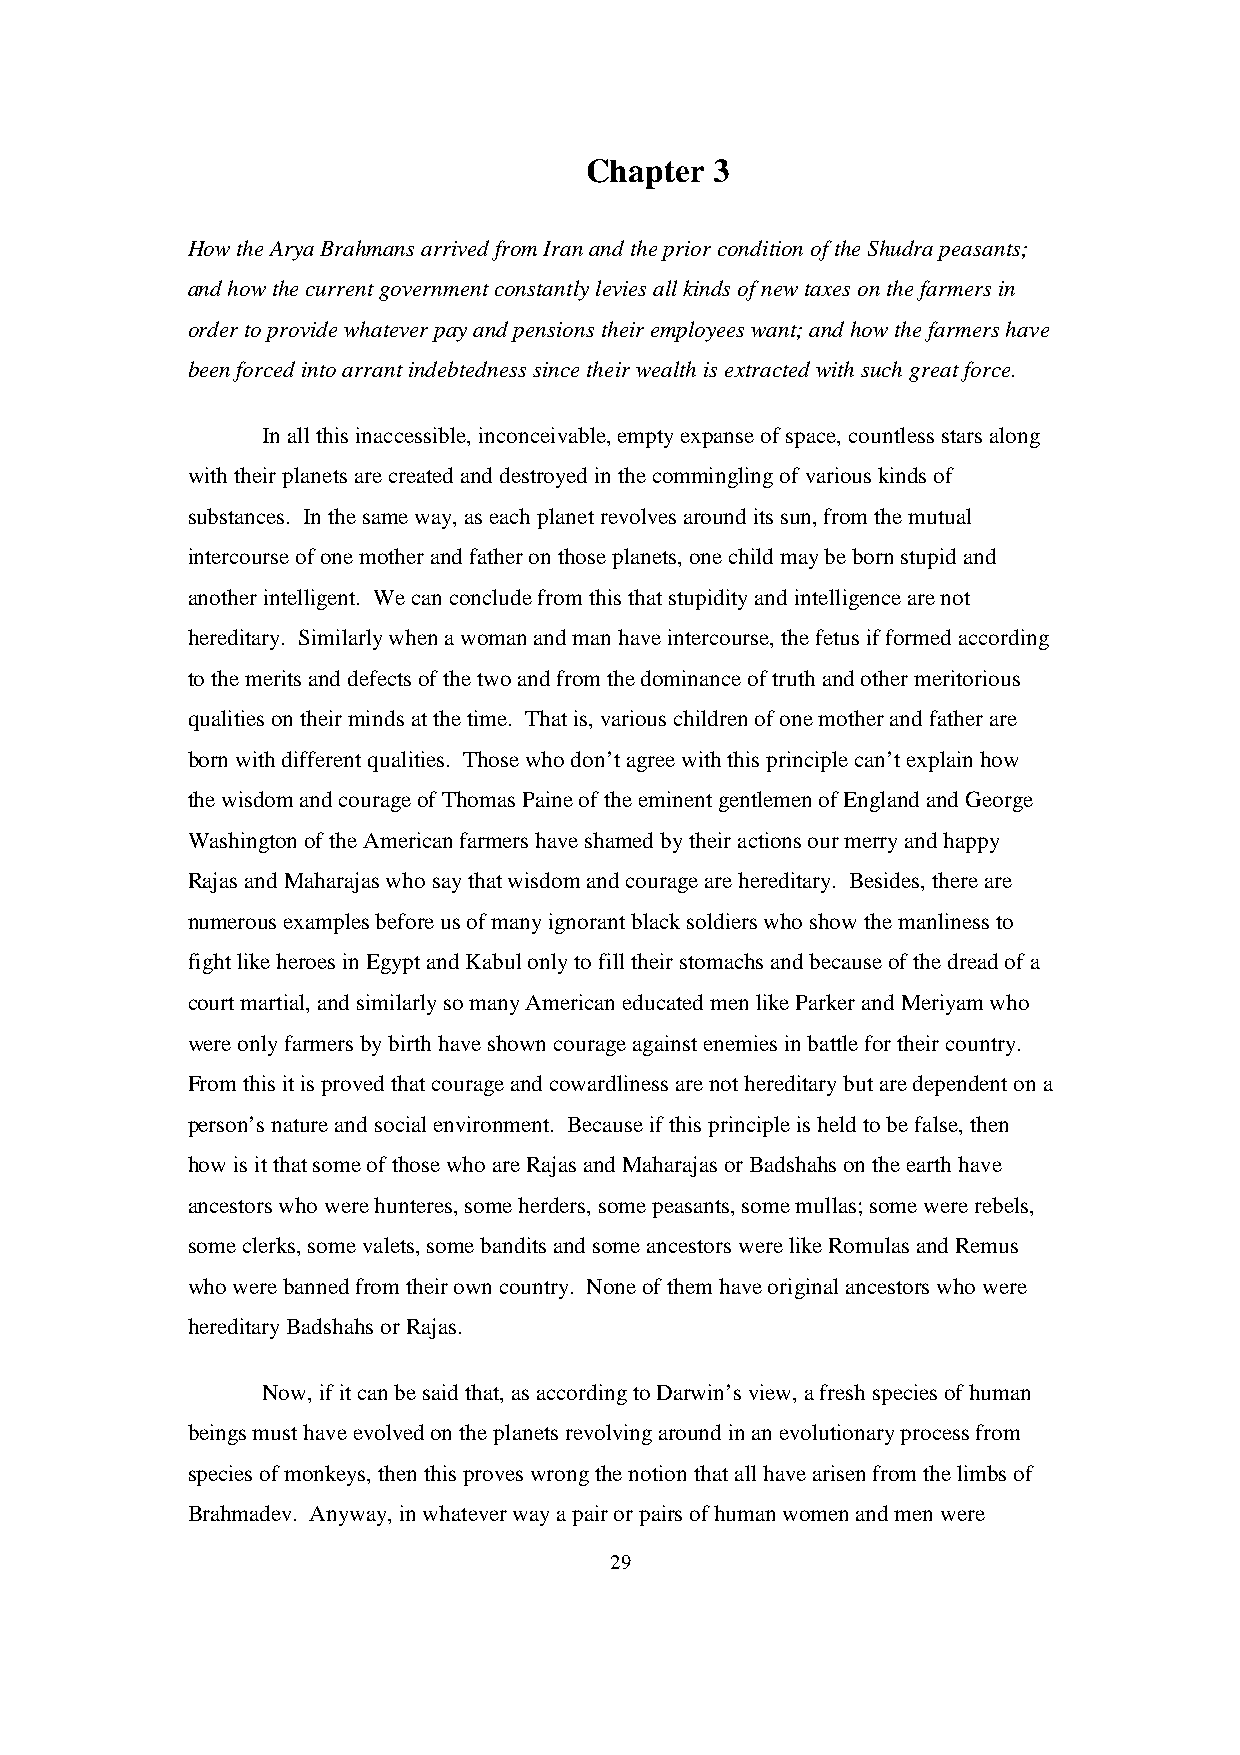
Chapter 3
 How the Arya Brahmans arrived from Iran and the prior condition of the Shudra peasants;
 and how the current government constantly levies all kinds of new taxes on the farmers in
 order to provide whatever pay and pensions their employees want; and how the farmers have
 been forced into arrant indebtedness since their wealth is extracted with such great force.
 In all this inaccessible, inconceivable, empty expanse of space, countless stars along
 with their planets are created and destroyed in the commingling of various kinds of
 substances. In the same way, as each planet revolves around its sun, from the mutual
 intercourse of one mother and father on those planets, one child may be born stupid and
 another intelligent. We can conclude from this that stupidity and intelligence are not
 hereditary. Similarly when a woman and man have intercourse, the fetus if formed according
 to the merits and defects of the two and from the dominance of truth and other meritorious
 qualities on their minds at the time. That is, various children of one mother and father are
 born with different qualities. Those who don’t agree with this principle can’t explain how
 the wisdom and courage of Thomas Paine of the eminent gentlemen of England and George
 Washington of the American farmers have shamed by their actions our merry and happy
 Rajas and Maharajas who say that wisdom and courage are hereditary. Besides, there are
 numerous examples before us of many ignorant black soldiers who show the manliness to
 fight like heroes in Egypt and Kabul only to fill their stomachs and because of the dread of a
 court martial, and similarly so many American educated men like Parker and Meriyam who
 were only farmers by birth have shown courage against enemies in battle for their country.
 From this it is proved that courage and cowardliness are not hereditary but are dependent on a
 person’s nature and social environment. Because if this principle is held to be false, then
 how is it that some of those who are Rajas and Maharajas or Badshahs on the earth have
 ancestors who were hunteres, some herders, some peasants, some mullas; some were rebels,
 some clerks, some valets, some bandits and some ancestors were like Romulas and Remus
 who were banned from their own country. None of them have original ancestors who were
 hereditary Badshahs or Rajas.
 Now, if it can be said that, as according to Darwin’s view, a fresh species of human
 beings must have evolved on the planets revolving around in an evolutionary process from
 species of monkeys, then this proves wrong the notion that all have arisen from the limbs of
 Brahmadev. Anyway, in whatever way a pair or pairs of human women and men were
 29